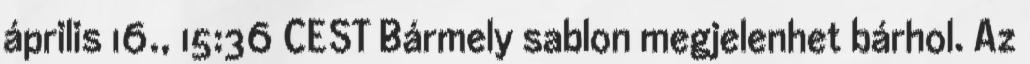
április 16., 15:36 CEST Bármely sablon megjelenhet bárhol. Az